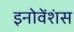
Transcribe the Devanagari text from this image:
इनोवेंशंस